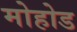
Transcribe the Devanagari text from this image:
मोहोड